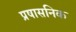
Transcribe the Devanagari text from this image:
प्रषासनिक